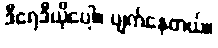
ဒီရေဒီယိုပေါ့။ ပျက်နေတယ်။